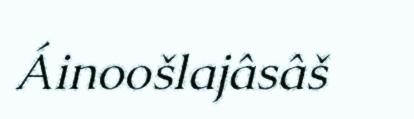
Áinoošlajâsâš